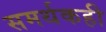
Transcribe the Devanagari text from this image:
समर्थकही